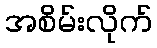
အစိမ်းလိုက်